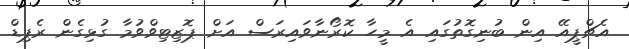
އެޗްޕީއޭ އިން ބުނިގޮތުގައި އެ މީހާ ކޮރޯނާވައިރަސް އަށް ޕޮޒިޓިވްވުމާ ގުޅިގެން ރެޕިޑް